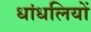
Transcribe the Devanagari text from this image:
धांधलियों